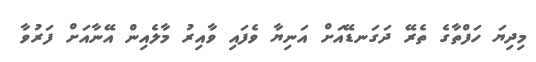
މިދިޔަ ހަފްތާގެ ތެރޭ ދަގަނޑޭއަށް އަނިޔާ ވެފައި ވާއިރު މާލެއިން އޭނާއަށް ފަރުވާ